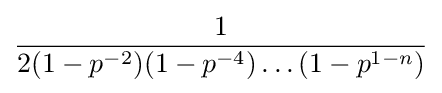
{1 \over 2(1-p^{-2})(1-p^{-4})\dots (1-p^{1-n})}